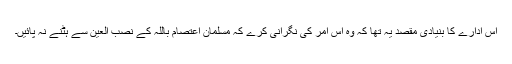
اس ادارے کا بنیادی مقصد یہ تھا کہ وہ اس امر کی نگرانی کرے کہ مسلمان اعتصام باللہ کے نصب العین سے ہٹنے نہ پائیں۔